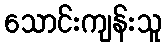
သောင်းကျန်းသူ